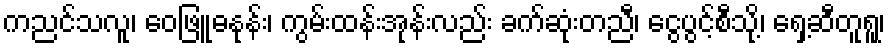
ကညင်သလူ၊ ဝေဖြူဓနုန်း၊ ကွမ်းထန်းအုန်းလည်း ခက်ဆုံးတညီ၊ ငွေပွင့်စီသို့၊ ရှေ့ဆီတူရူ၊